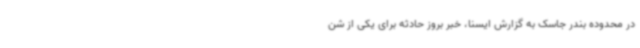
در محدوده بندر جاسک به گزارش ایسنا، خبر بروز حادثه برای یکی از شن